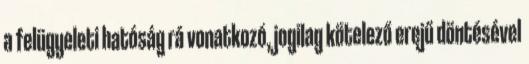
a felügyeleti hatóság rá vonatkozó, jogilag kötelező erejű döntésével